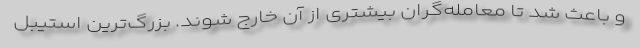
و باعث شد تا معامله‌گران بیشتری از آن خارج شوند. بزرگ‌ترین استیبل